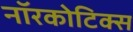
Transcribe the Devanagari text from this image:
नॉरकोटिक्स